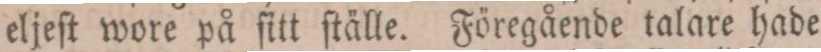
eljeſt wore på ſitt ſtälle. Föregående talare hade